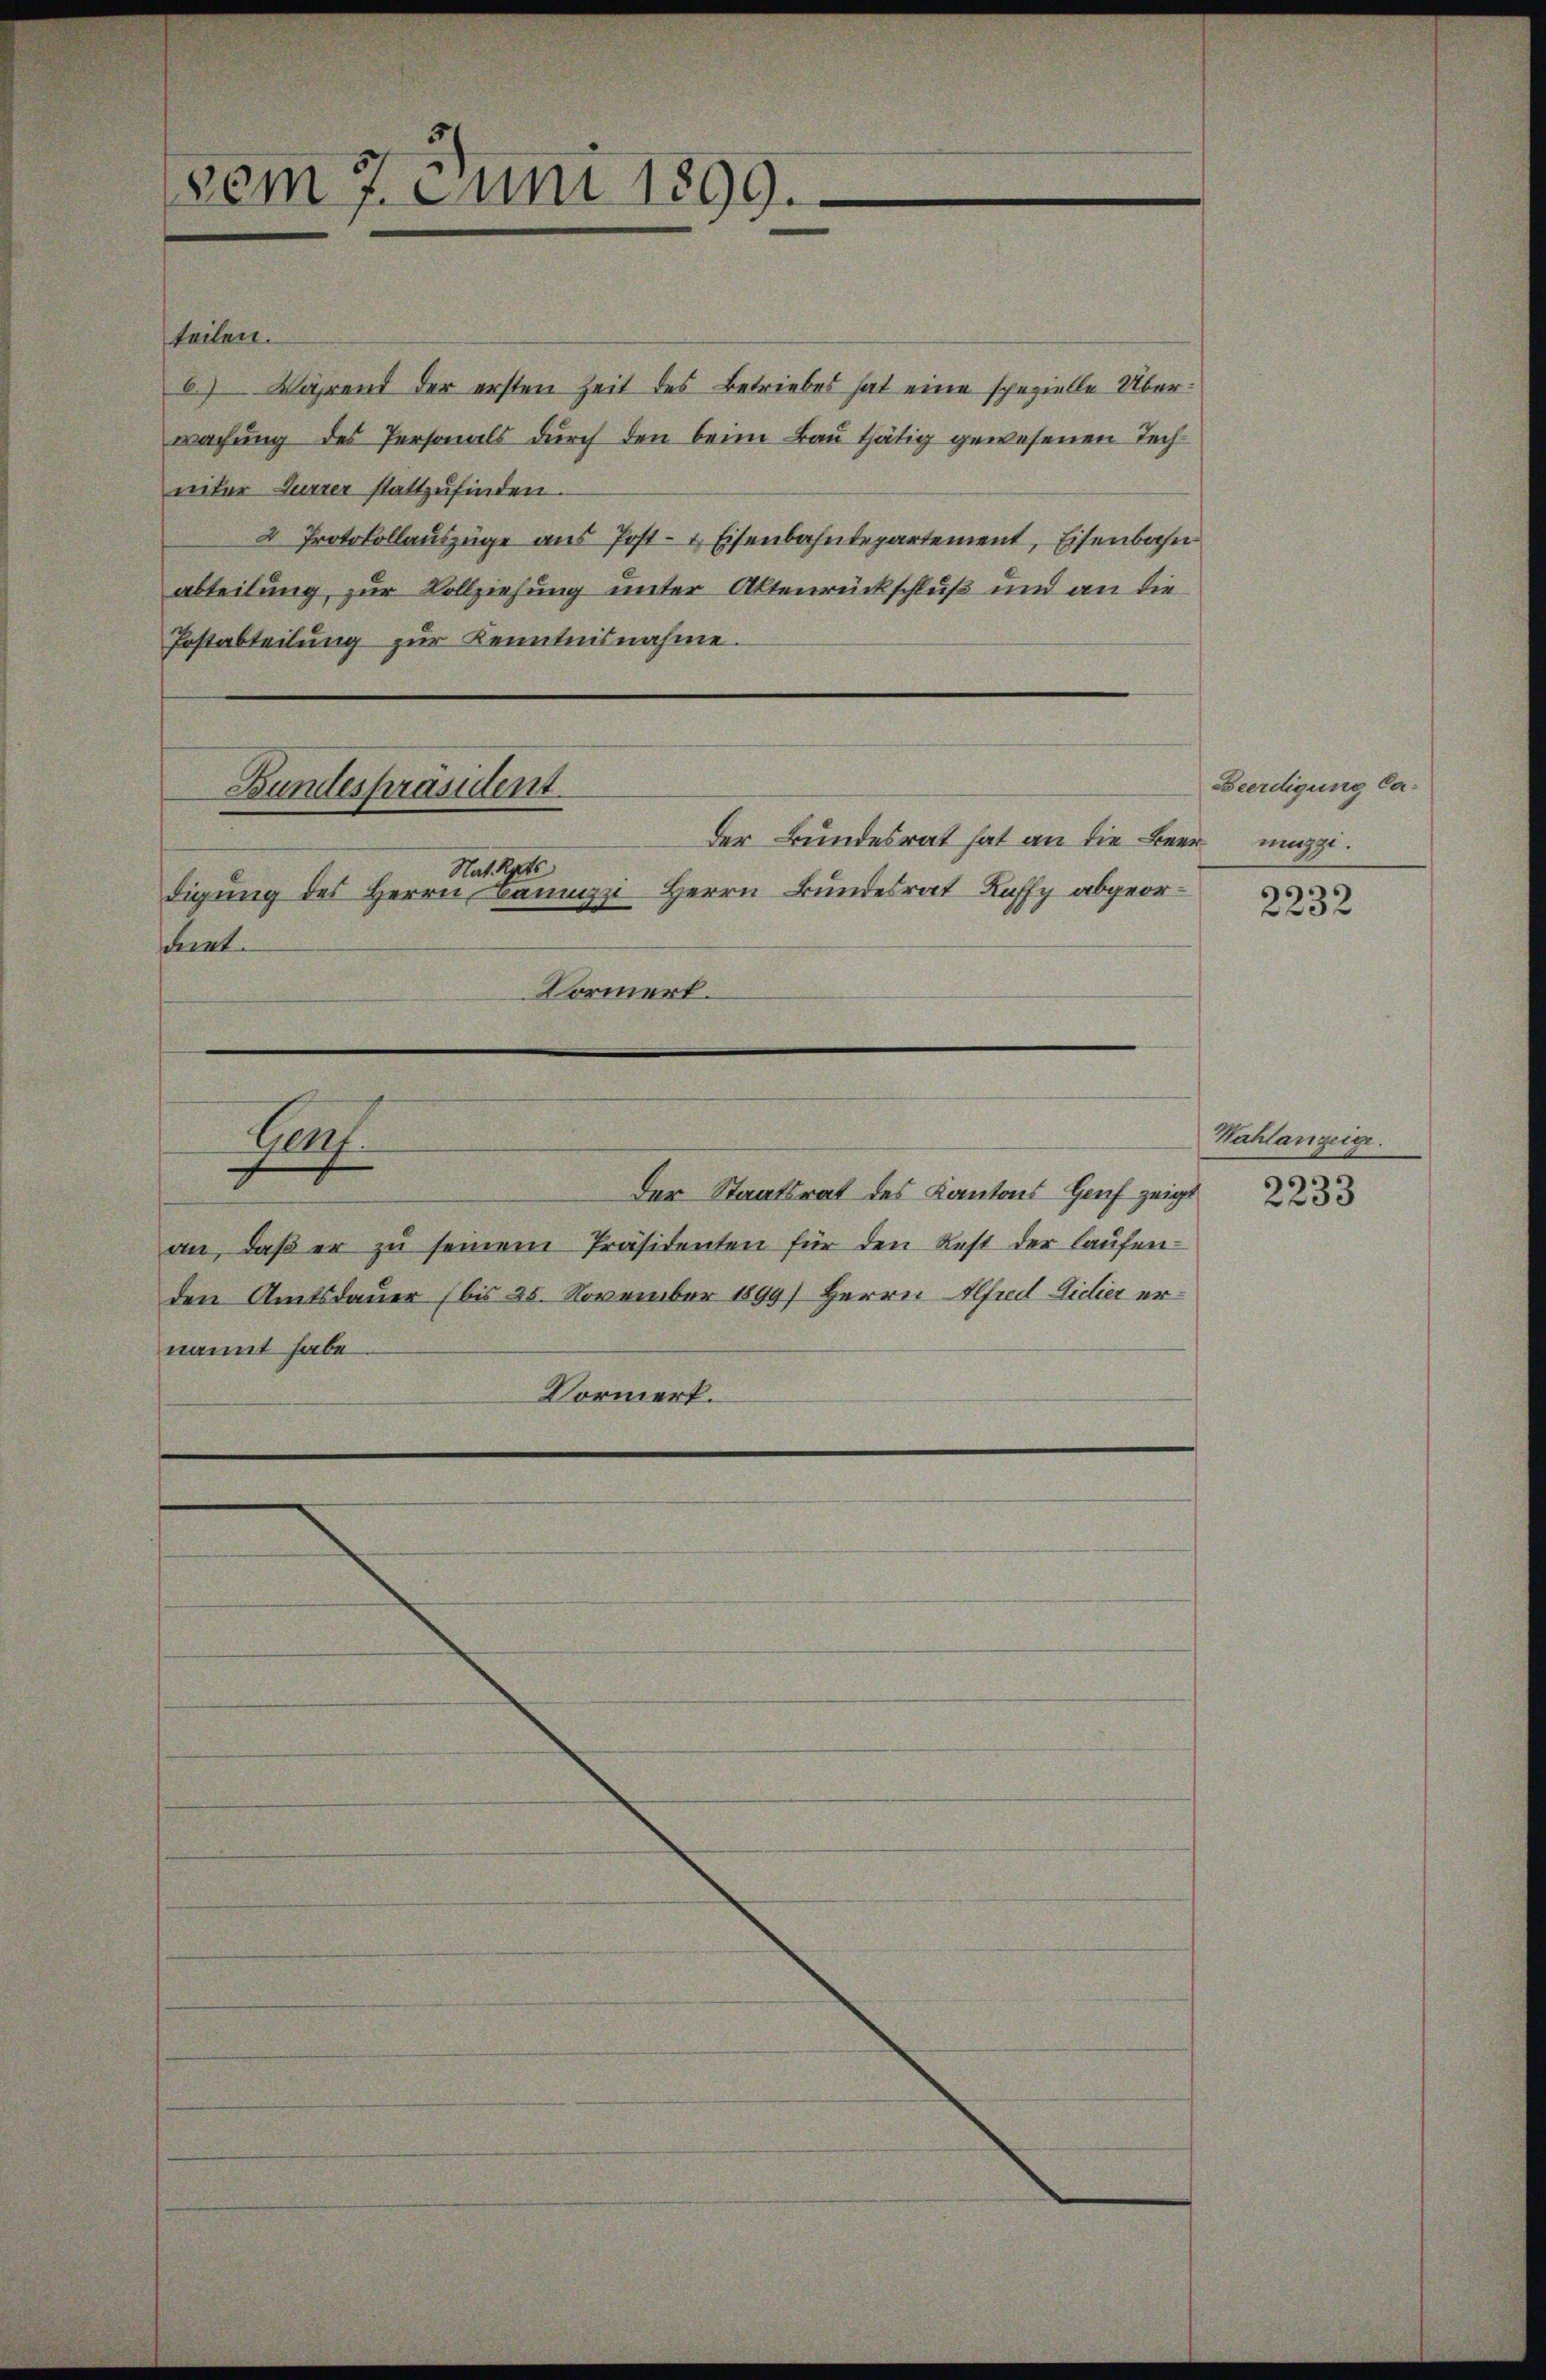
vom 7. Juni 1899.

teilen.
6.) Während der ersten Zeit des Betriebes hat eine spezielle Überwachung des Personals durch den beim Bau thätig gewesenen Techniter Furrer stattzufinden
2 Protokollauszüge aus Post- & Eisenbahndepartement, Eisenbahn
abteilung, zur Vollziehung unter Altenrückschluß und an die
Postabteilung zur Kenntnisnahme.

Bundespräsident.

Der Bundesrat hat an die Beer maggi
Nat. Rats
digung des Herrn Bannzi Herrn Bundesrat Kaffy abgeordent.
Formert.

Herf

den Amtsdauer (bis 25. November 1899) Herrn Alfred Lidier ernannt habe.
Vormerk.

Der Staatsrat des Kantons Hof zeigt
an, daβ er zŭ seinem Präsidenten für den Rest der laŭfen-

Beerdigung Ca¬

2232

Wahlanzeige.

2233